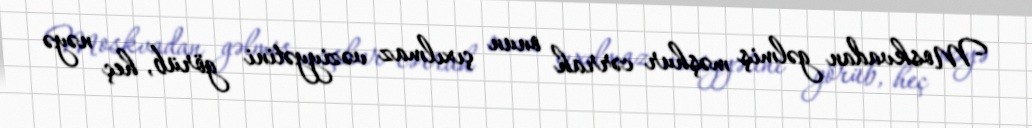
Moskvadan gəlmiş məşhur cərrah onun çıxılmaz vəziyyətini görüb, heç nəyə